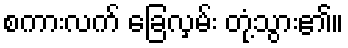
စကားလက် ခြေလှမ်း တုံ့သွား၏။